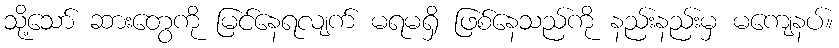
သို့သော် ဆားတွေကို မြင်နေရလျက် မရမရှိ ဖြစ်နေသည်ကို နည်းနည်းမှ မကျေနပ်။